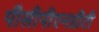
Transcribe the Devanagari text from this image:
पीसीपीएनडीटी